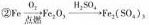
②$$F e \xrightarrow [ 点 燃 ] { O _ { 2 } } F e _ { 2 } O _ { 3 } \xrightarrow { H _ { 2 } S O _ { 4 } } F e _ { 2 }（S O _ { 4 } ）_ { 3 }$$